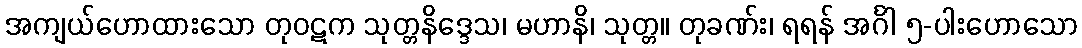
အကျယ်ဟောထားသော တုဝဋက သုတ္တနိဒ္ဒေသ၊ မဟာနိ၊ သုတ္တ။ တုခဏ်း၊ ရရန် အင်္ဂါ ၅-ပါးဟောသော